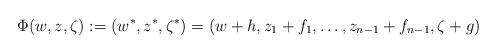
LaTeX: \begin{align*}\Phi(w,z,\zeta):=(w^*,z^*,\zeta^*)=(w+h,z_1+f_{1},\ldots, z_{n-1}+f_{n-1},\zeta+g)\end{align*}